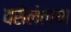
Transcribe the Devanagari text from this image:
वसेलेल्या